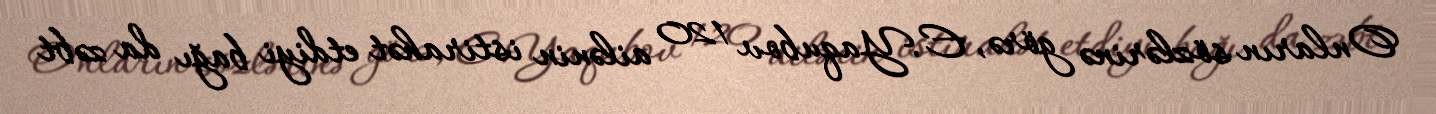
Onların sözlərinə görə, E.Yaqubov 120 ailənin istirahət etdiyi bağı da zəbt